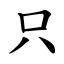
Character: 只